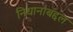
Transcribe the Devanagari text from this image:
निधानाबद्दल